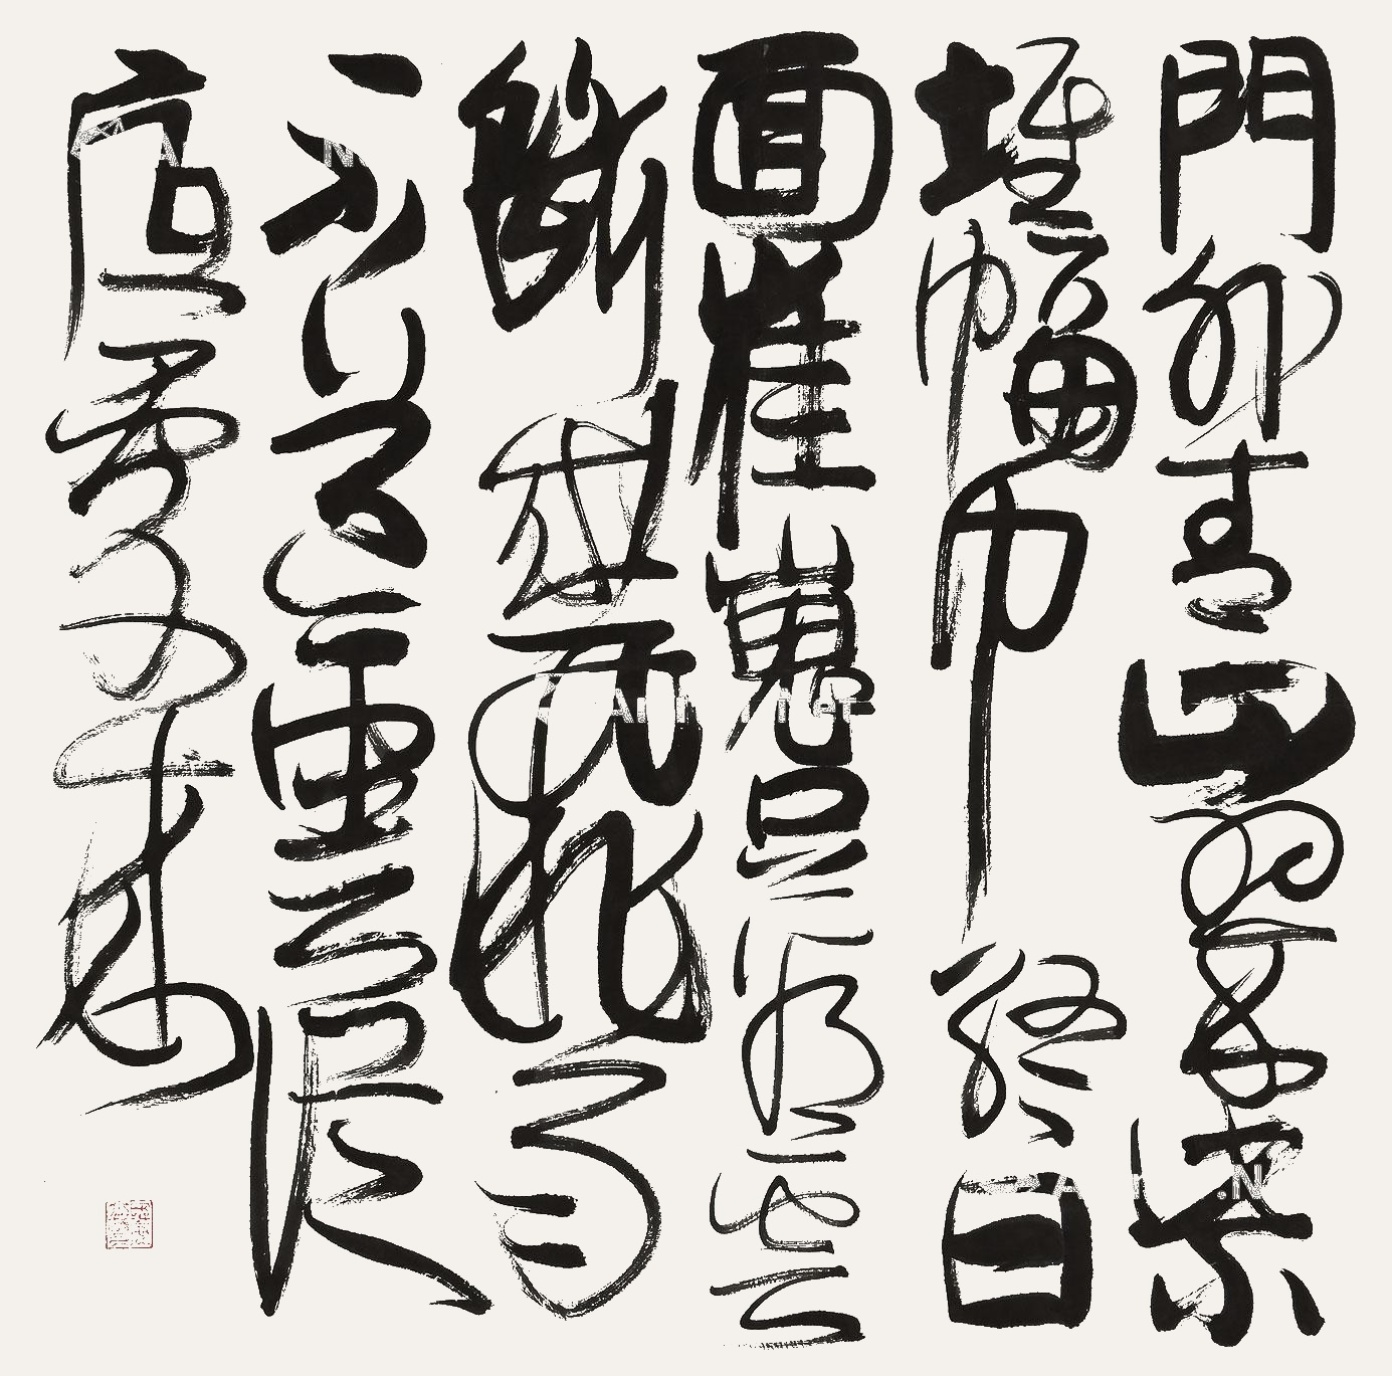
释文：门外青山翠紫堆，幅巾终日面崔嵬。只看云断成飞雨，不道云从底处来。旦宅之印